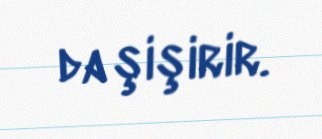
da şişirir.